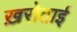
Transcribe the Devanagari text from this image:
ख़रोताई